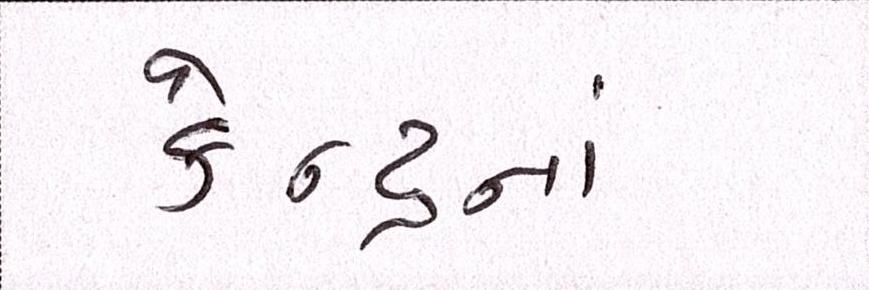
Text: કેન્દ્રનાં